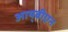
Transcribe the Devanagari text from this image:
आय्‌बीएन